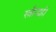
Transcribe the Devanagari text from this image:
स्त्रीयाही